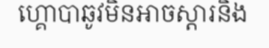
ហ្គោបាឆូវមិនអាចស្តារនិង